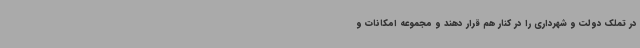
در تملک دولت و شهرداری را در کنار هم قرار دهند و مجموعه امکانات و